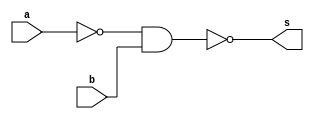

module Guia_0504 (
    output s,
    input  a,
    input  b
);

  //	Funo:	~(~a&b)
  //	nand: ~(a&b)

  //Dados

  wire not_a;

  //Portas

  nand NOTa (not_a, a, 1);

  nand nand_gate (s, not_a, b);


endmodule


module teste;

  //Dados para teste

  reg  a;
  reg  b;
  wire s;

  Guia_0504 moduloTeste (
      s,
      a,
      b
  );

  initial begin : main

    $display(" a - b - s ");

    // projetar testes do modulo
    /*
			Fazendo a tabela verdade para prever resultados
			
				| a | b | ~(~a&b) | 
				|---|---|---------|
				| 0 | 0 |    1    |
				| 0 | 1 |    0    |
				| 1 | 0	|    1    |
				| 1 | 1 |    1	  |
		*/


    $monitor("%4b %4b %4b", a, b, s);
    a = 1'b0;
    b = 1'b0;
    #1 a = 1'b0;
    b = 1'b1;
    #1 a = 1'b1;
    b = 1'b0;
    #1 a = 1'b1;
    b = 1'b1;
  end
endmodule